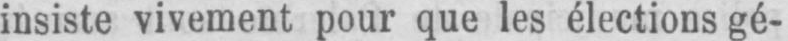
insiste vivement pour que les élections gé-